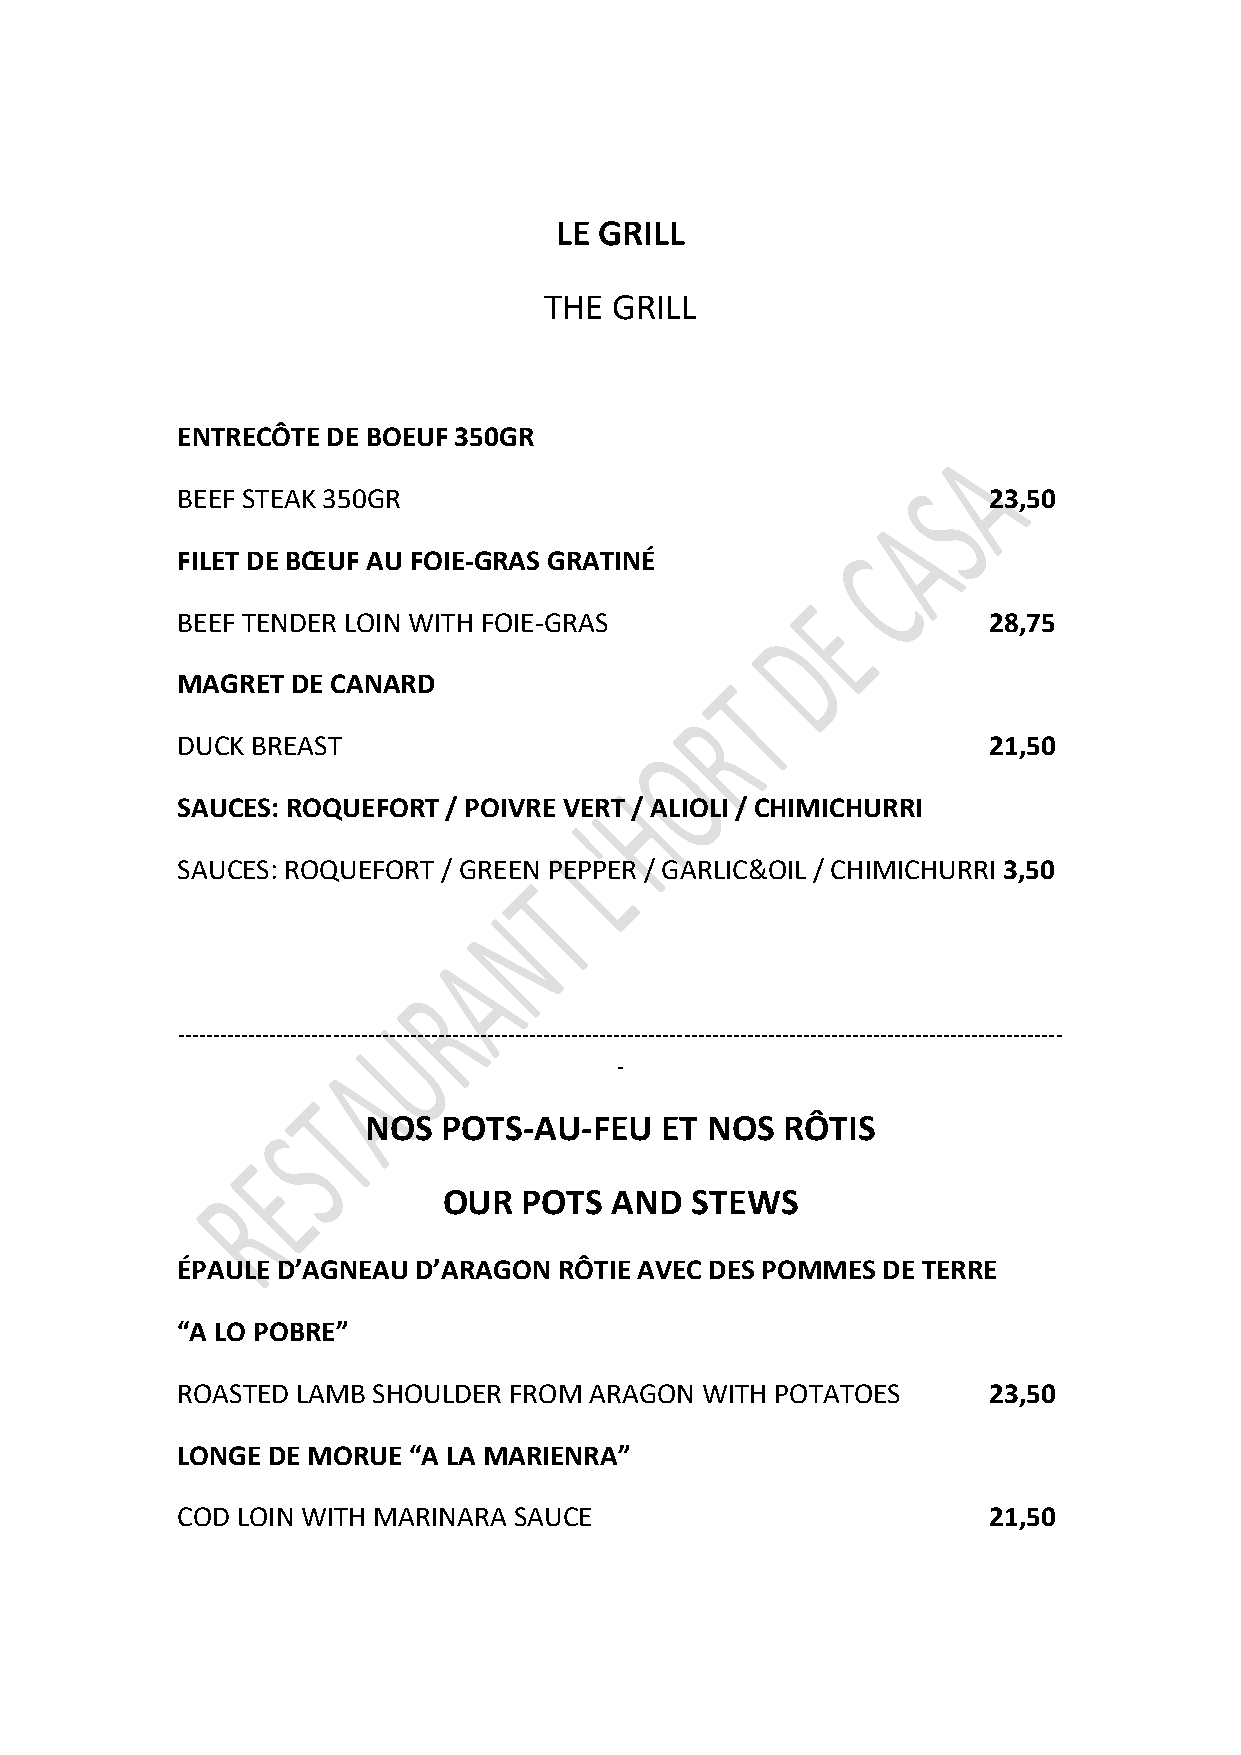
LE GRILL
 THE GRILL
 ENTRECÔTE DE BOEUF 350GR
 BEEF STEAK 350GR                                     23,50
 FILET DE BŒUF AU FOIE-GRAS GRATINÉ
 BEEF TENDER LOIN WITH FOIE-GRAS                      28,75
 MAGRET DE CANARD
 DUCK BREAST                                          21,50
 SAUCES: ROQUEFORT / POIVRE VERT / ALIOLI / CHIMICHURRI
 SAUCES: ROQUEFORT / GREEN PEPPER / GARLIC&OIL / CHIMICHURRI 3,50
 ------------------------------------------------------------------------------------------------------------------------------
 -
 NOS  POTS-AU-FEU    ET NOS  RÔTIS
 OUR   POTS  AND  STEWS
 ÉPAULE D’AGNEAU D’ARAGON RÔTIE AVEC DES POMMES DE TERRE
 “A LO POBRE”
 ROASTED LAMB SHOULDER FROM ARAGON WITH POTATOES      23,50
 LONGE DE MORUE “A LA MARIENRA”
 COD LOIN WITH MARINARA SAUCE                         21,50